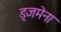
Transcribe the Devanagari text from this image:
ड्जमेना